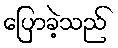
ပြောခဲ့သည်